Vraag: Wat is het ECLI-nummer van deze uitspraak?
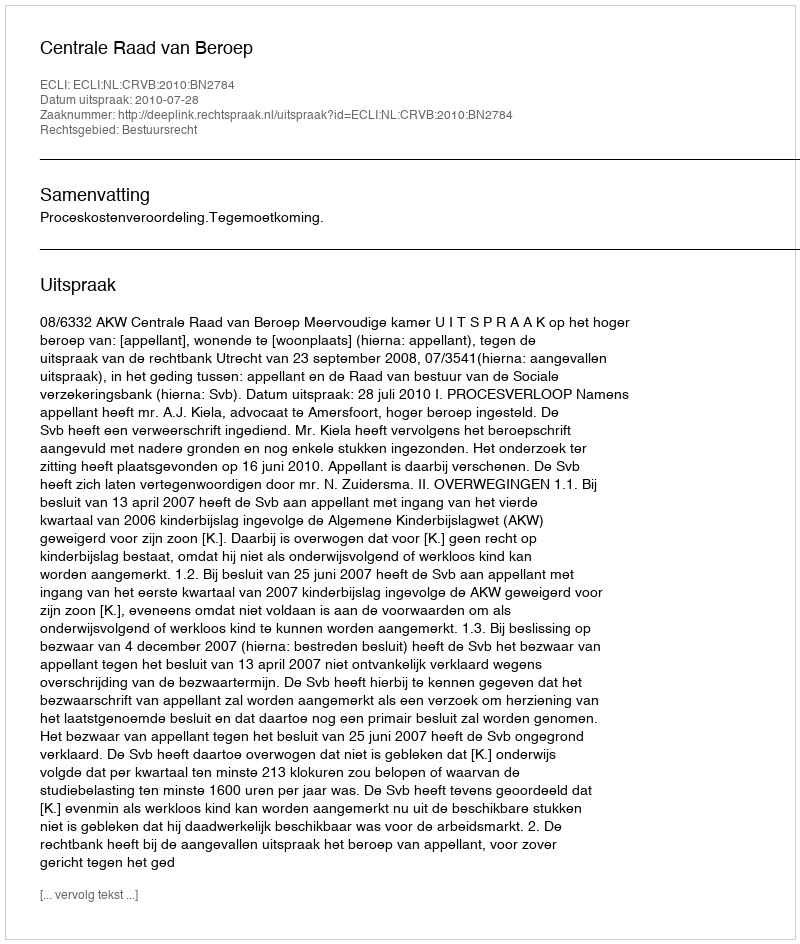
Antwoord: ECLI:NL:CRVB:2010:BN2784